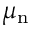
\mu _ { \mathrm { n } }